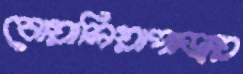
বোয়ালিয়াপাড়ায়